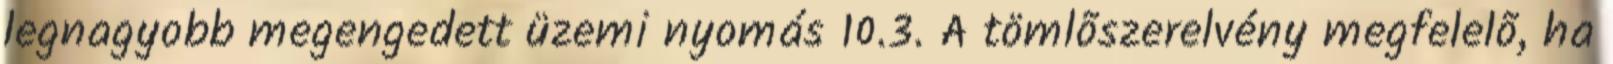
legnagyobb megengedett üzemi nyomás 10.3. A tömlõszerelvény megfelelõ, ha